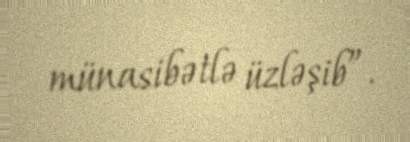
münasibətlə üzləşib”.